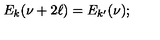
E _ { k } ( \nu + 2 \ell ) = E _ { k ^ { \prime } } ( \nu ) ;